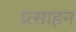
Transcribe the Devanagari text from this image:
प्र्त्साहन